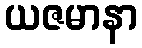
ယဇမာနာ